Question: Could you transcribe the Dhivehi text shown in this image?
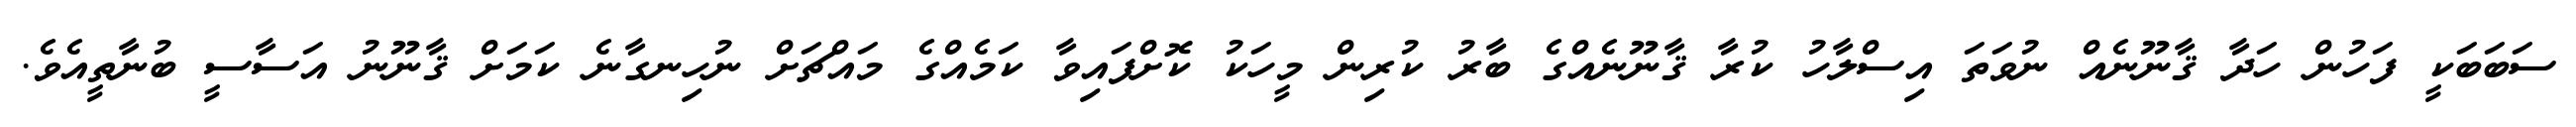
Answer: ސަބަބަކީ ފަހުން ހަދާ ޤާނޫނެއް ނުވަތަ އިސްލާހު ކުރާ ޤާނޫނެއްގެ ބާރު ކުރިން މީހަކު ކޮށްފައިވާ ކަމެއްގެ މައްޗަށް ނުހިނގާނެ ކަމަށް ޤާނޫނު އަސާސީ ބުނާތީއެވެ.